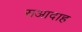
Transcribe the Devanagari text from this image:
सआदाह